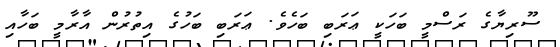
ސޫރިޔާގެ ރަސްމީ ބަހަކީ ޢަރަބި ބަހެވެ. ޢަރަބި ބަހުގެ އިތުރުން އާރާމީ ބަހާއި